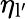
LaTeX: \eta_{\mathrm{l^{\prime}}}